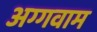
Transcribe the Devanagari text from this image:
अग्गवाम